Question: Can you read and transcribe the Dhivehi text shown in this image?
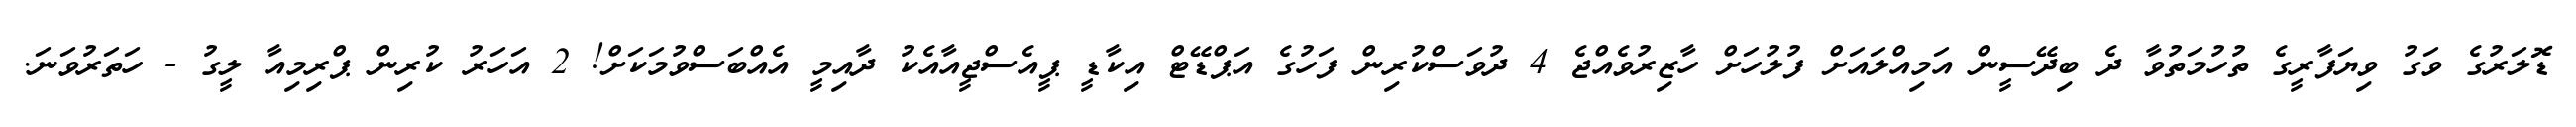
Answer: ޑޮލަރުގެ ވަގު ވިޔަފާރީގެ ތުހުމަތުވާ ދެ ބިދޭސީން އަމިއްލައަށް ފުލުހަށް ހާޒިރުވެއްޖެ 4 ދުވަސްކުރިން ފަހުގެ އަޕްޑޭޓް އިކާޑީ ޕީއެސްޖީއާއެކު ދާއިމީ އެއްބަސްވުމަކަށް! 2 އަހަރު ކުރިން ޕްރިމިއާ ލީގު - ހަތަރުވަނަ.